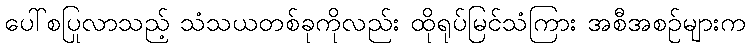
ပေါ်စပြုလာသည့် သံသယတစ်ခုကိုလည်း ထိုရုပ်မြင်သံကြား အစီအစဉ်များက